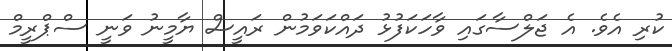
ކުރި އެވެ. އެ ޖަލްސާގައި ވާހަކަފުޅު ދައްކަވަމުން ރައީސް ޔާމީނު ވަނީ ސްޕްރީމް